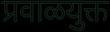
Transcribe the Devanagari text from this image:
प्रवाळयुक्त